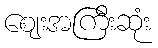
ဈေးအကြီးဆုံး